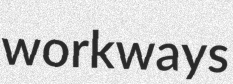
workways